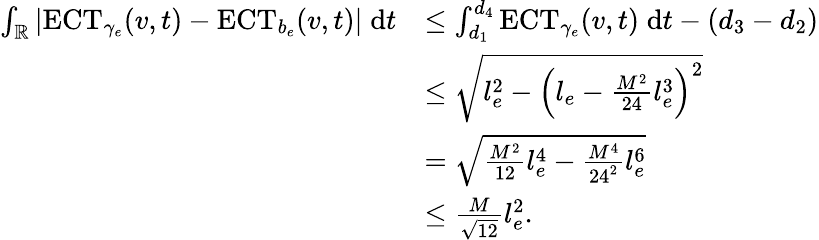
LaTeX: \begin{array}{rl}{\int_{\mathbb{R}}\left|\mathrm{ECT}_{\gamma_{e}}(v,t)-\mathrm{ECT}_{b_{e}}(v,t)\right|\; \mathrm{d}t}&{\leq\int_{d_{1}}^{d_{4}}\mathrm{ECT}_{\gamma_{e}}(v,t)\; \mathrm{d}t-(d_{3}-d_{2})}\\ &{\leq\sqrt{l_{e}^{2}-\left(l_{e}-\frac{M^{2}}{24}l_{e}^{3}\right)^{2}}}\\ &{=\sqrt{\frac{M^{2}}{12}l_{e}^{4}-\frac{M^{4}}{24^{2}}l_{e}^{6}}}\\ &{\leq\frac{M}{\sqrt{12}}l_{e}^{2}.}\end{array}